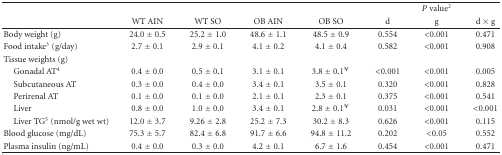
|  |  |  |  |  | <COLSPAN=3> P value2 |
 |  | WT AIN | WT SO | OB AIN | OB SO | d | g | d × g |
 | --- | --- | --- | --- | --- | --- | --- | --- |
 | Body weight (g) | 24.0 ± 0.5 | 25.2 ± 1.0 | 48.6 ± 1.1 | 48.5 ± 0.9 | 0.554 | <0.001 | 0.471 |
 | Food intake3 (g/day) | 2.7 ± 0.1 | 2.9 ± 0.1 | 4.1 ± 0.2 | 4.1 ± 0.4 | 0.582 | <0.001 | 0.908 |
 | Tissue weights (g) |  |  |  |  |  |  |  |
 | Gonadal AT4 | 0.4 ± 0.0 | 0.5 ± 0.1 | 3.1 ± 0.1 | 3.8 ± 0.1¥ | <0.001 | <0.001 | 0.005 |
 | Subcutaneous AT | 0.3 ± 0.0 | 0.4 ± 0.0 | 3.4 ± 0.1 | 3.5 ± 0.1 | 0.320 | <0.001 | 0.828 |
 | Perirenal AT | 0.1 ± 0.0 | 0.1 ± 0.0 | 2.1 ± 0.1 | 2.3 ± 0.1 | 0.375 | <0.001 | 0.541 |
 | Liver | 0.8 ± 0.0 | 1.0 ± 0.0 | 3.4 ± 0.1 | 2.8 ± 0.1¥ | 0.031 | <0.001 | <0.001 |
 | Liver TG5 (nmol/g wet wt) | 12.0 ± 3.7 | 9.26 ± 2.8 | 25.2 ± 7.3 | 30.2 ± 8.3 | 0.626 | <0.001 | 0.115 |
 | Blood glucose (mg/dL) | 75.3 ± 5.7 | 82.4 ± 6.8 | 91.7 ± 6.6 | 94.8 ± 11.2 | 0.202 | <0.05 | 0.552 |
 | Plasma insulin (ng/mL) | 0.4 ± 0.0 | 0.3 ± 0.0 | 4.2 ± 0.1 | 6.7 ± 1.6 | 0.454 | <0.001 | 0.471 |